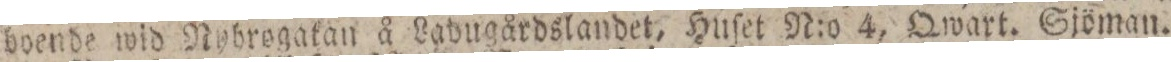
boende wid Nyhrogakan å Ladugårdslandet, Huſet N:o 4, Qwart. Sjöman.